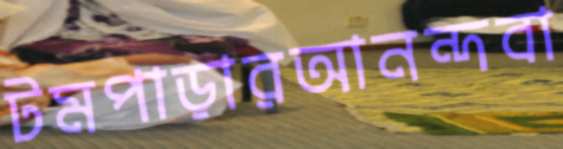
টমপাড়ারআনন্দবা